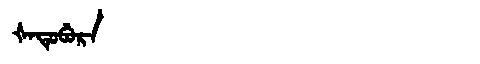
Manchu: ᡧᠠᡨᡠᠪᡠᡵᠠ
Romanization: ŠATUBURA